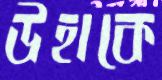
উহাকে